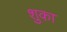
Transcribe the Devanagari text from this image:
शुका